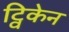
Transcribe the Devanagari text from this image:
ट्विकेन